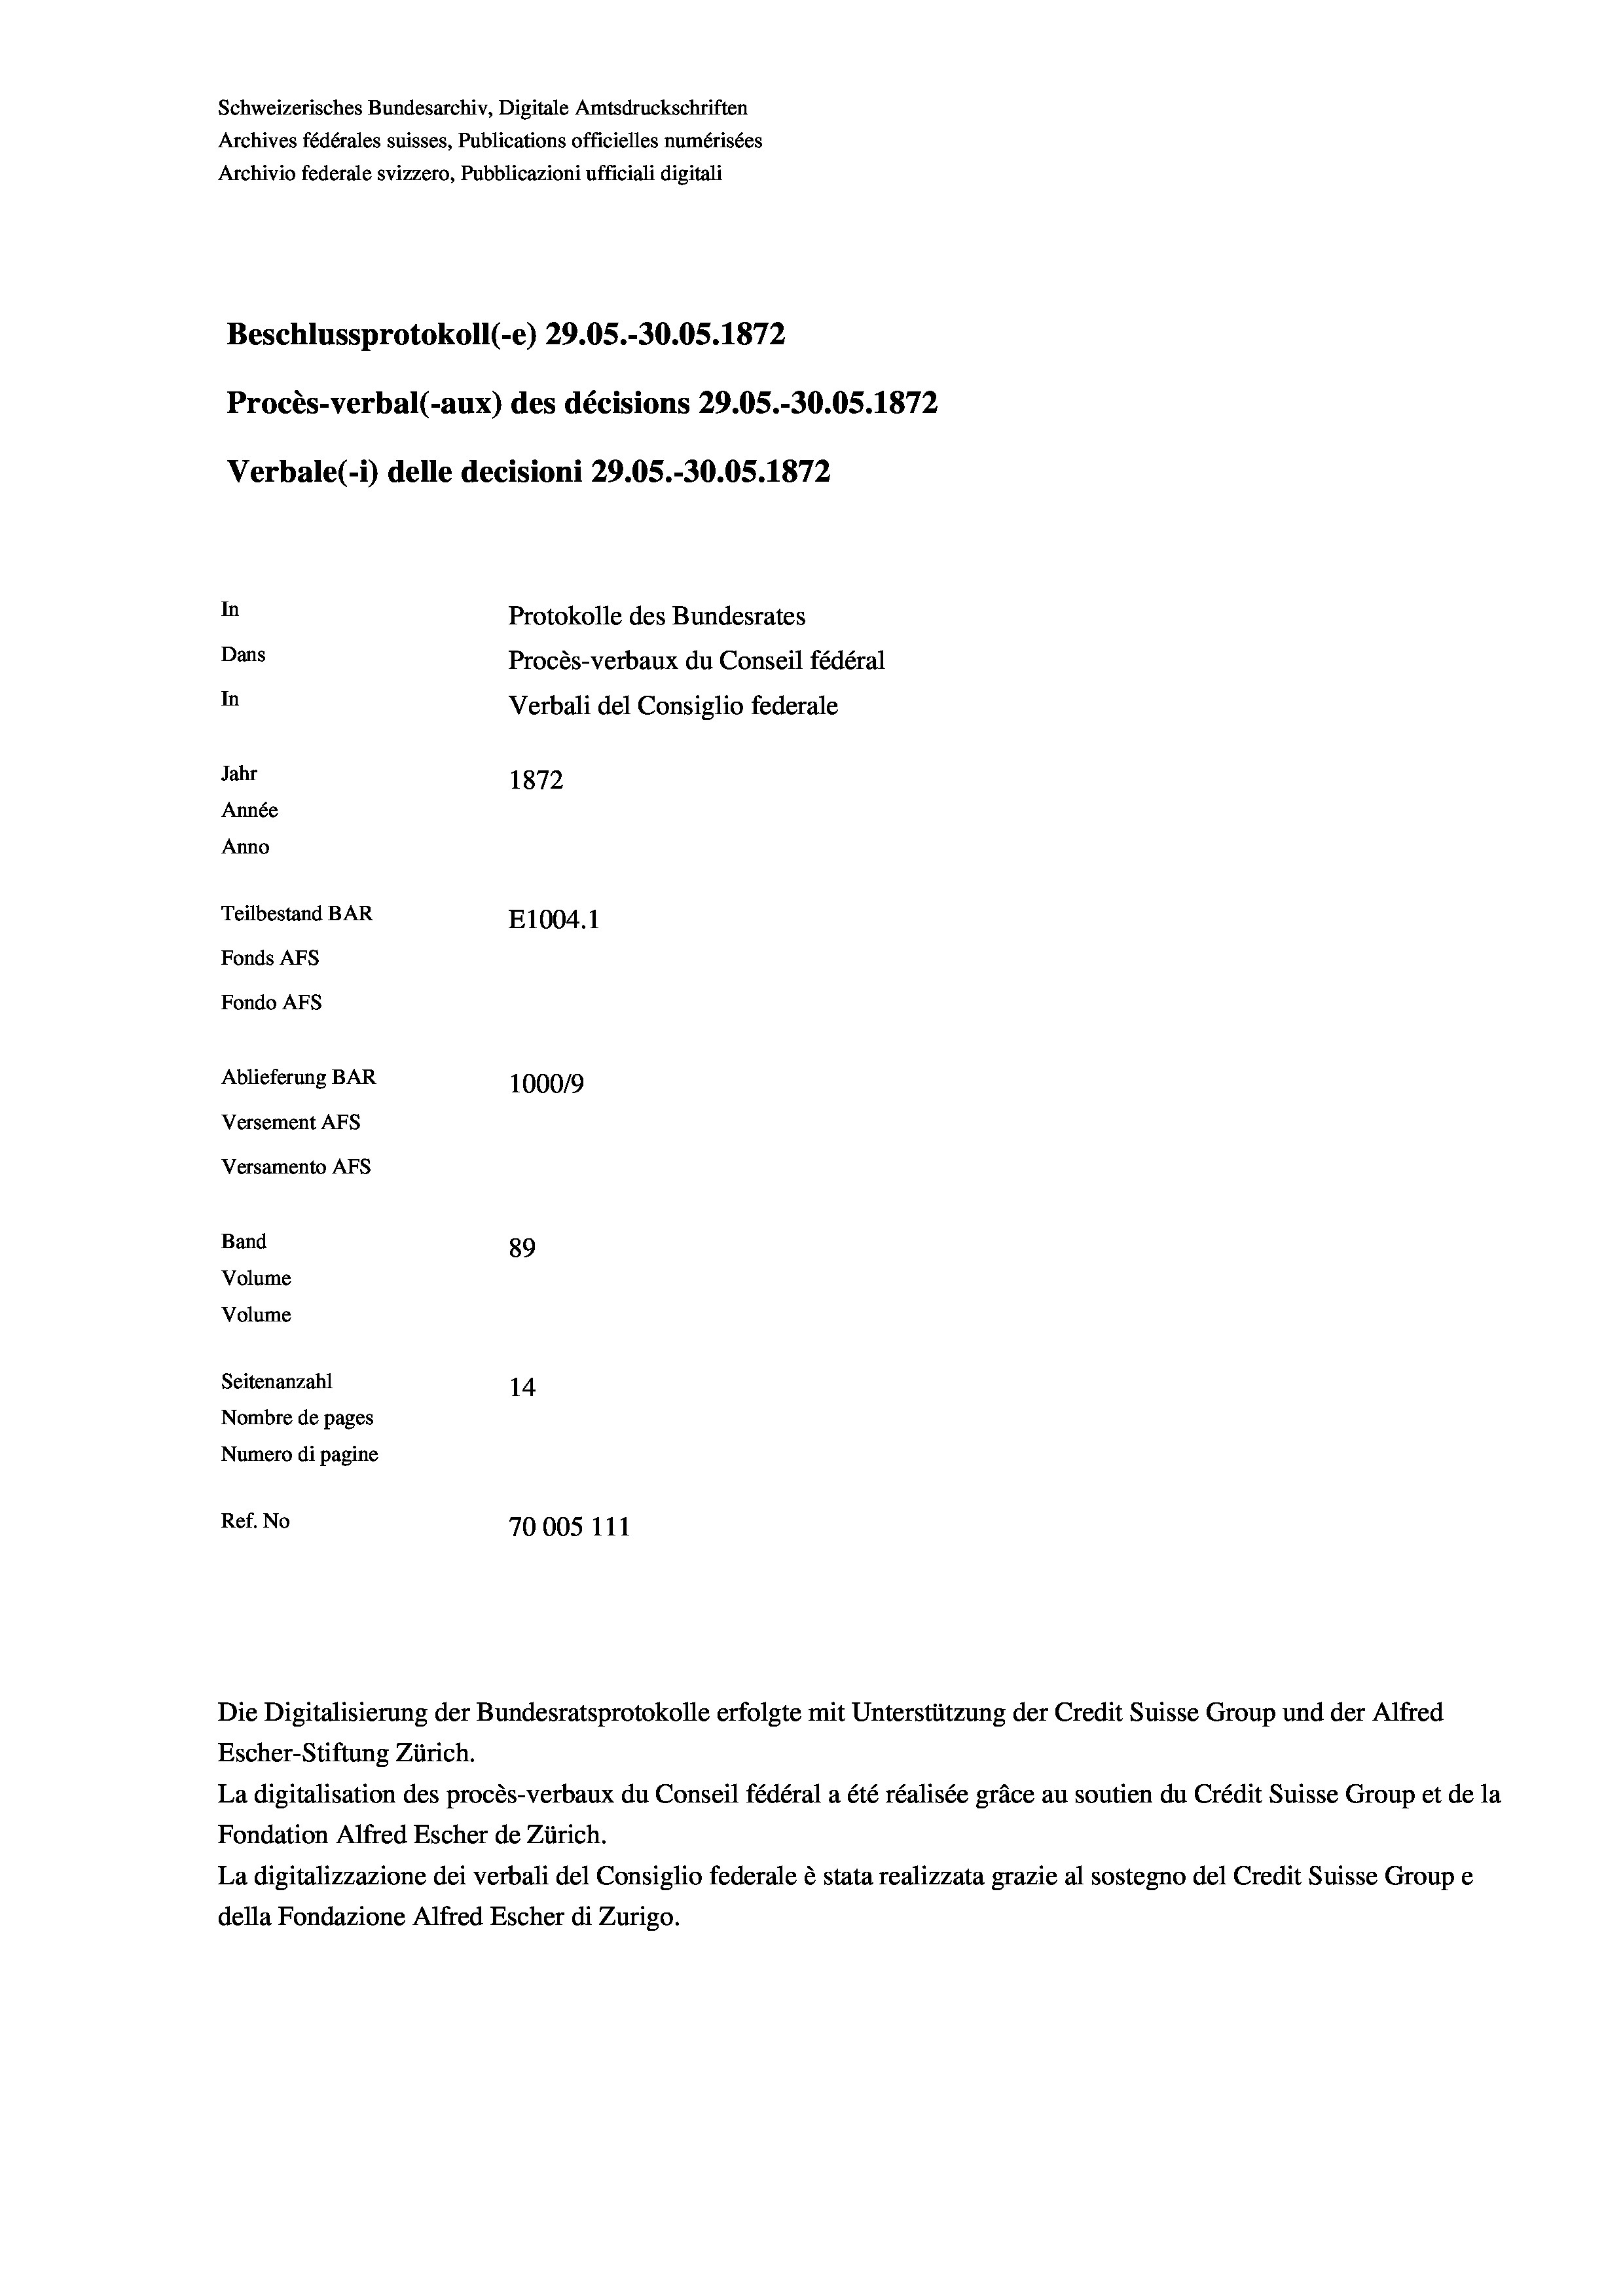
Schweizerisches Bundesarchiv, Digitale Amtsdruckschriften
Archives fédérales suisses, Publications officielles numérisées
Archivio federale svizzero, Pubblicazioni ufficiali digitali
Beschlussprotokoll (-e) 29.05.-30.05. 1872
Procès-verbal (-aux) des décisions 29.05.-30.05. 1872
Verbale (- 1) delle decisioni 29.05.-30.05. 1872
In
Protokolle des Bundesrates
Dans
Procès-verbaux du Conseil fédéral
In
Verbali del Consiglio federale
Jahr
1872
Année
Anno
Teilbestand BAR
E1004.1
Fonds AFs
Fondo Afs
Ablieferung BAR
100019
Versement AFs
Versamento AFs
Band
89
Volume
Volume
Seitenanzahl
14
Nombre de pages
Numero di pagine
Ref. No
70005 111

Escher-Stiftung Zürich.
La digitalisation des procès-verbaux du Conseil fédéral a été réalisée gräce au soutien du Crédit Suisse Group et de la
Fondation Alfred Escher de Zürich.
La digitalizzazione dei verbali del Consiglio federale è stata realizzata grazie al sostegno del Credit Suisse Groupe
della Fondazione Alfred Escher di Zurigo.

Die Digitalisierung der Bundesratsprotokolle erfolgte mit Unterstützung der Credit Suisse Group und der Alfred